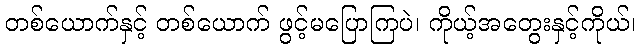
တစ်ယောက်နှင့် တစ်ယောက် ဖွင့်မပြောကြပဲ၊ ကိုယ့်အတွေးနှင့်ကိုယ်၊